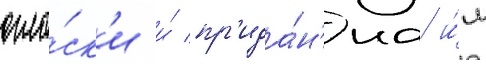
огла́ск'и и́ пр'ида́н'иа и́м